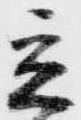
立